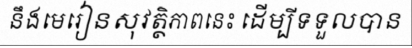
នឹងមេរៀនសុវត្ថិភាពនេះ ដើម្បីទទួលបាន